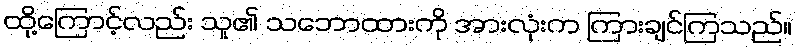
ထို့ကြောင့်လည်း သူ၏ သဘောထားကို အားလုံးက ကြားချင်ကြသည်။